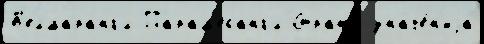
Б'елмарангл Парам'есангл Страна́ значе́н'иjа